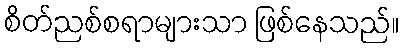
စိတ်ညစ်စရာများသာ ဖြစ်နေသည်။